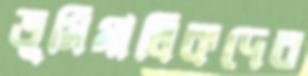
ভূমিমালিকদের